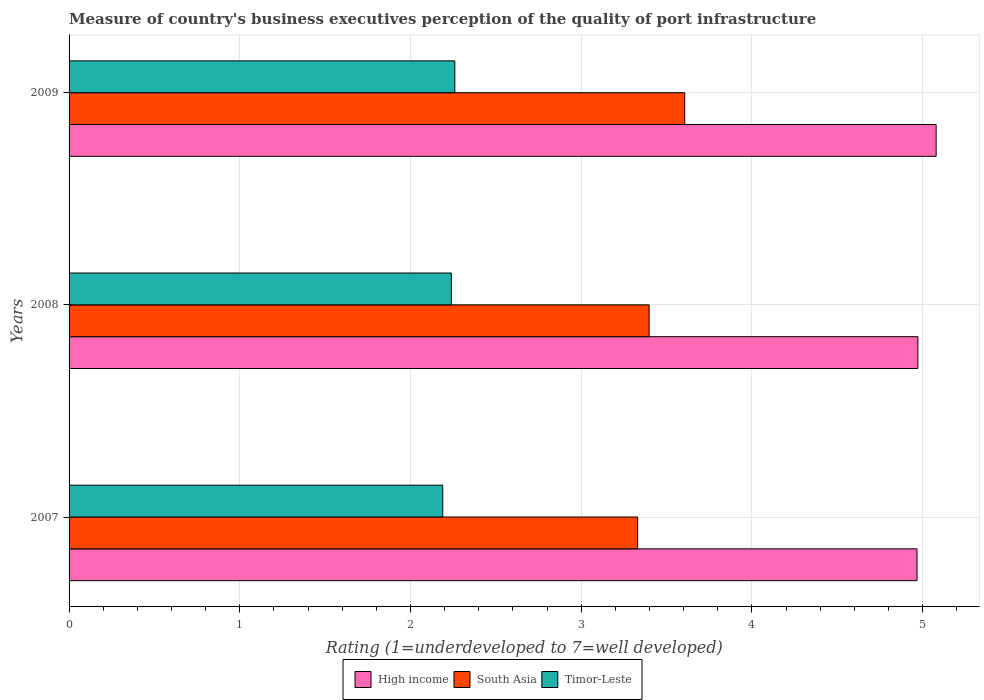
| Years | High income | South Asia | Timor-Leste |
 | --- | --- | --- | --- |
 | 2007 | 4.97 | 3.33 | 2.19 |
 | 2008 | 4.97 | 3.4 | 2.24 |
 | 2009 | 5.08 | 3.61 | 2.26 |